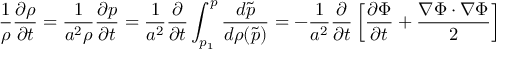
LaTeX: { \frac { 1 } { \rho } } { \frac { \partial \rho } { \partial t } } = { \frac { 1 } { a ^ { 2 } \rho } } { \frac { \partial p } { \partial t } } = { \frac { 1 } { a ^ { 2 } } } { \frac { \partial } { \partial t } } \int _ { p _ { 1 } } ^ { p } { \frac { d { \tilde { p } } } { d \rho ( { \tilde { p } } ) } } = - { \frac { 1 } { a ^ { 2 } } } { \frac { \partial } { \partial t } } \left[ { \frac { \partial \Phi } { \partial t } } + { \frac { \nabla \Phi \cdot \nabla \Phi } { 2 } } \right]